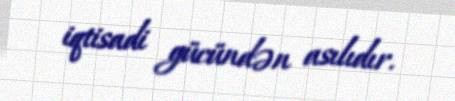
iqtisadi gücündən asılıdır.